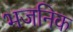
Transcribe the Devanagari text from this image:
भजनिक